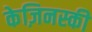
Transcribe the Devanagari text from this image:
केज़िनस्की